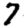
Digit: 7